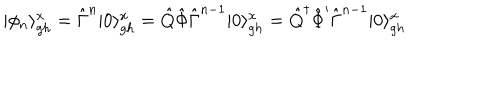
LaTeX: | \phi _ { n } \rangle _ { g h } ^ { x } = \hat { \Gamma } ^ { n } | 0 \rangle _ { g h } ^ { x } = \hat { Q } \hat { \Phi } \hat { \Gamma } ^ { n - 1 } | 0 \rangle _ { g h } ^ { x } = \hat { Q } ^ { \dagger } \hat { \Phi } ^ { \prime } \hat { \Gamma } ^ { n - 1 } | 0 \rangle _ { g h } ^ { x }